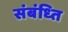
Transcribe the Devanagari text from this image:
संबंध्ति